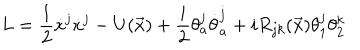
L = \displaystyle \frac { 1 } { 2 } \dot { x } ^ { j } \dot { x } ^ { j } - U ( \vec { x } ) + \displaystyle \frac { i } { 2 } \theta _ { a } ^ { j } \dot { \theta } _ { a } ^ { j } + i R _ { j k } ( \vec { x } ) \theta _ { 1 } ^ { j } \theta _ { 2 } ^ { k }